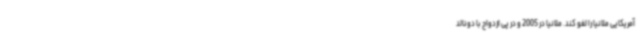
آمریکایی ملانیا را لغو کند. ملانیا در 2005 و در پی ازدواج با دونالد